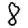
Digit: 8